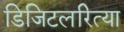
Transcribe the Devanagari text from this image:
डिजिटलरित्या